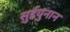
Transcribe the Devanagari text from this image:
सुईयुनान